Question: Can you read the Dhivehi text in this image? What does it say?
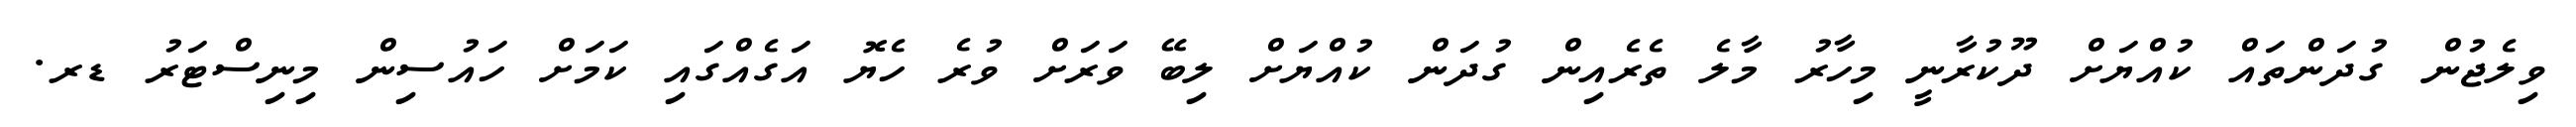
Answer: ވިލެޖުން ގުދަންތައް ކުއްޔަށް ދޫކުރާނީ މިހާރު މާލެ ތެރެއިން ގުދަން ކުއްޔަށް ލިބޭ ވަރަށް ވުރެ ހެޔޮ އަގެއްގައި ކަމަށް ހައުސިން މިނިސްޓަރު ޑރ.